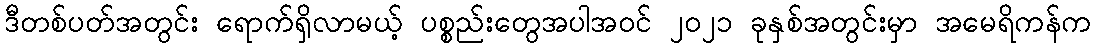
ဒီတစ်ပတ်အတွင်း ရောက်ရှိလာမယ့် ပစ္စည်းတွေအပါအဝင် ၂၀၂၁ ခုနှစ်အတွင်းမှာ အမေရိကန်က